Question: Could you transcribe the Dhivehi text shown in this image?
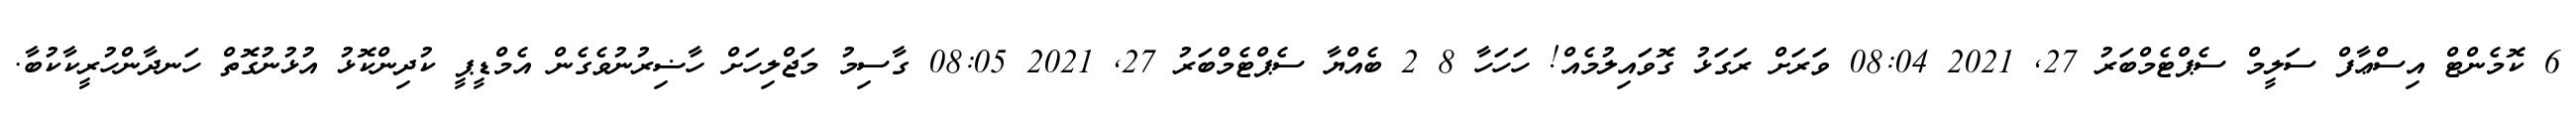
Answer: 6 ކޮމެންޓް އިސްޢާފް ސަލީމް ސެޕްޓެމްބަރު 27, 2021 08:04 ވަރަށް ރަގަޅު ގޮވައިލުމެއް! ހަހަހާ 8 2 ބެއްޔާ ސެޕްޓެމްބަރު 27, 2021 08:05 ގާސިމު މަޖްލިހަށް ހާޟިރުނުވެގެން އެމްޑީޕީ ކުދިންކޮޅު އުޅުނުގޮތް ހަނދާންހުރީކާކުބާ.